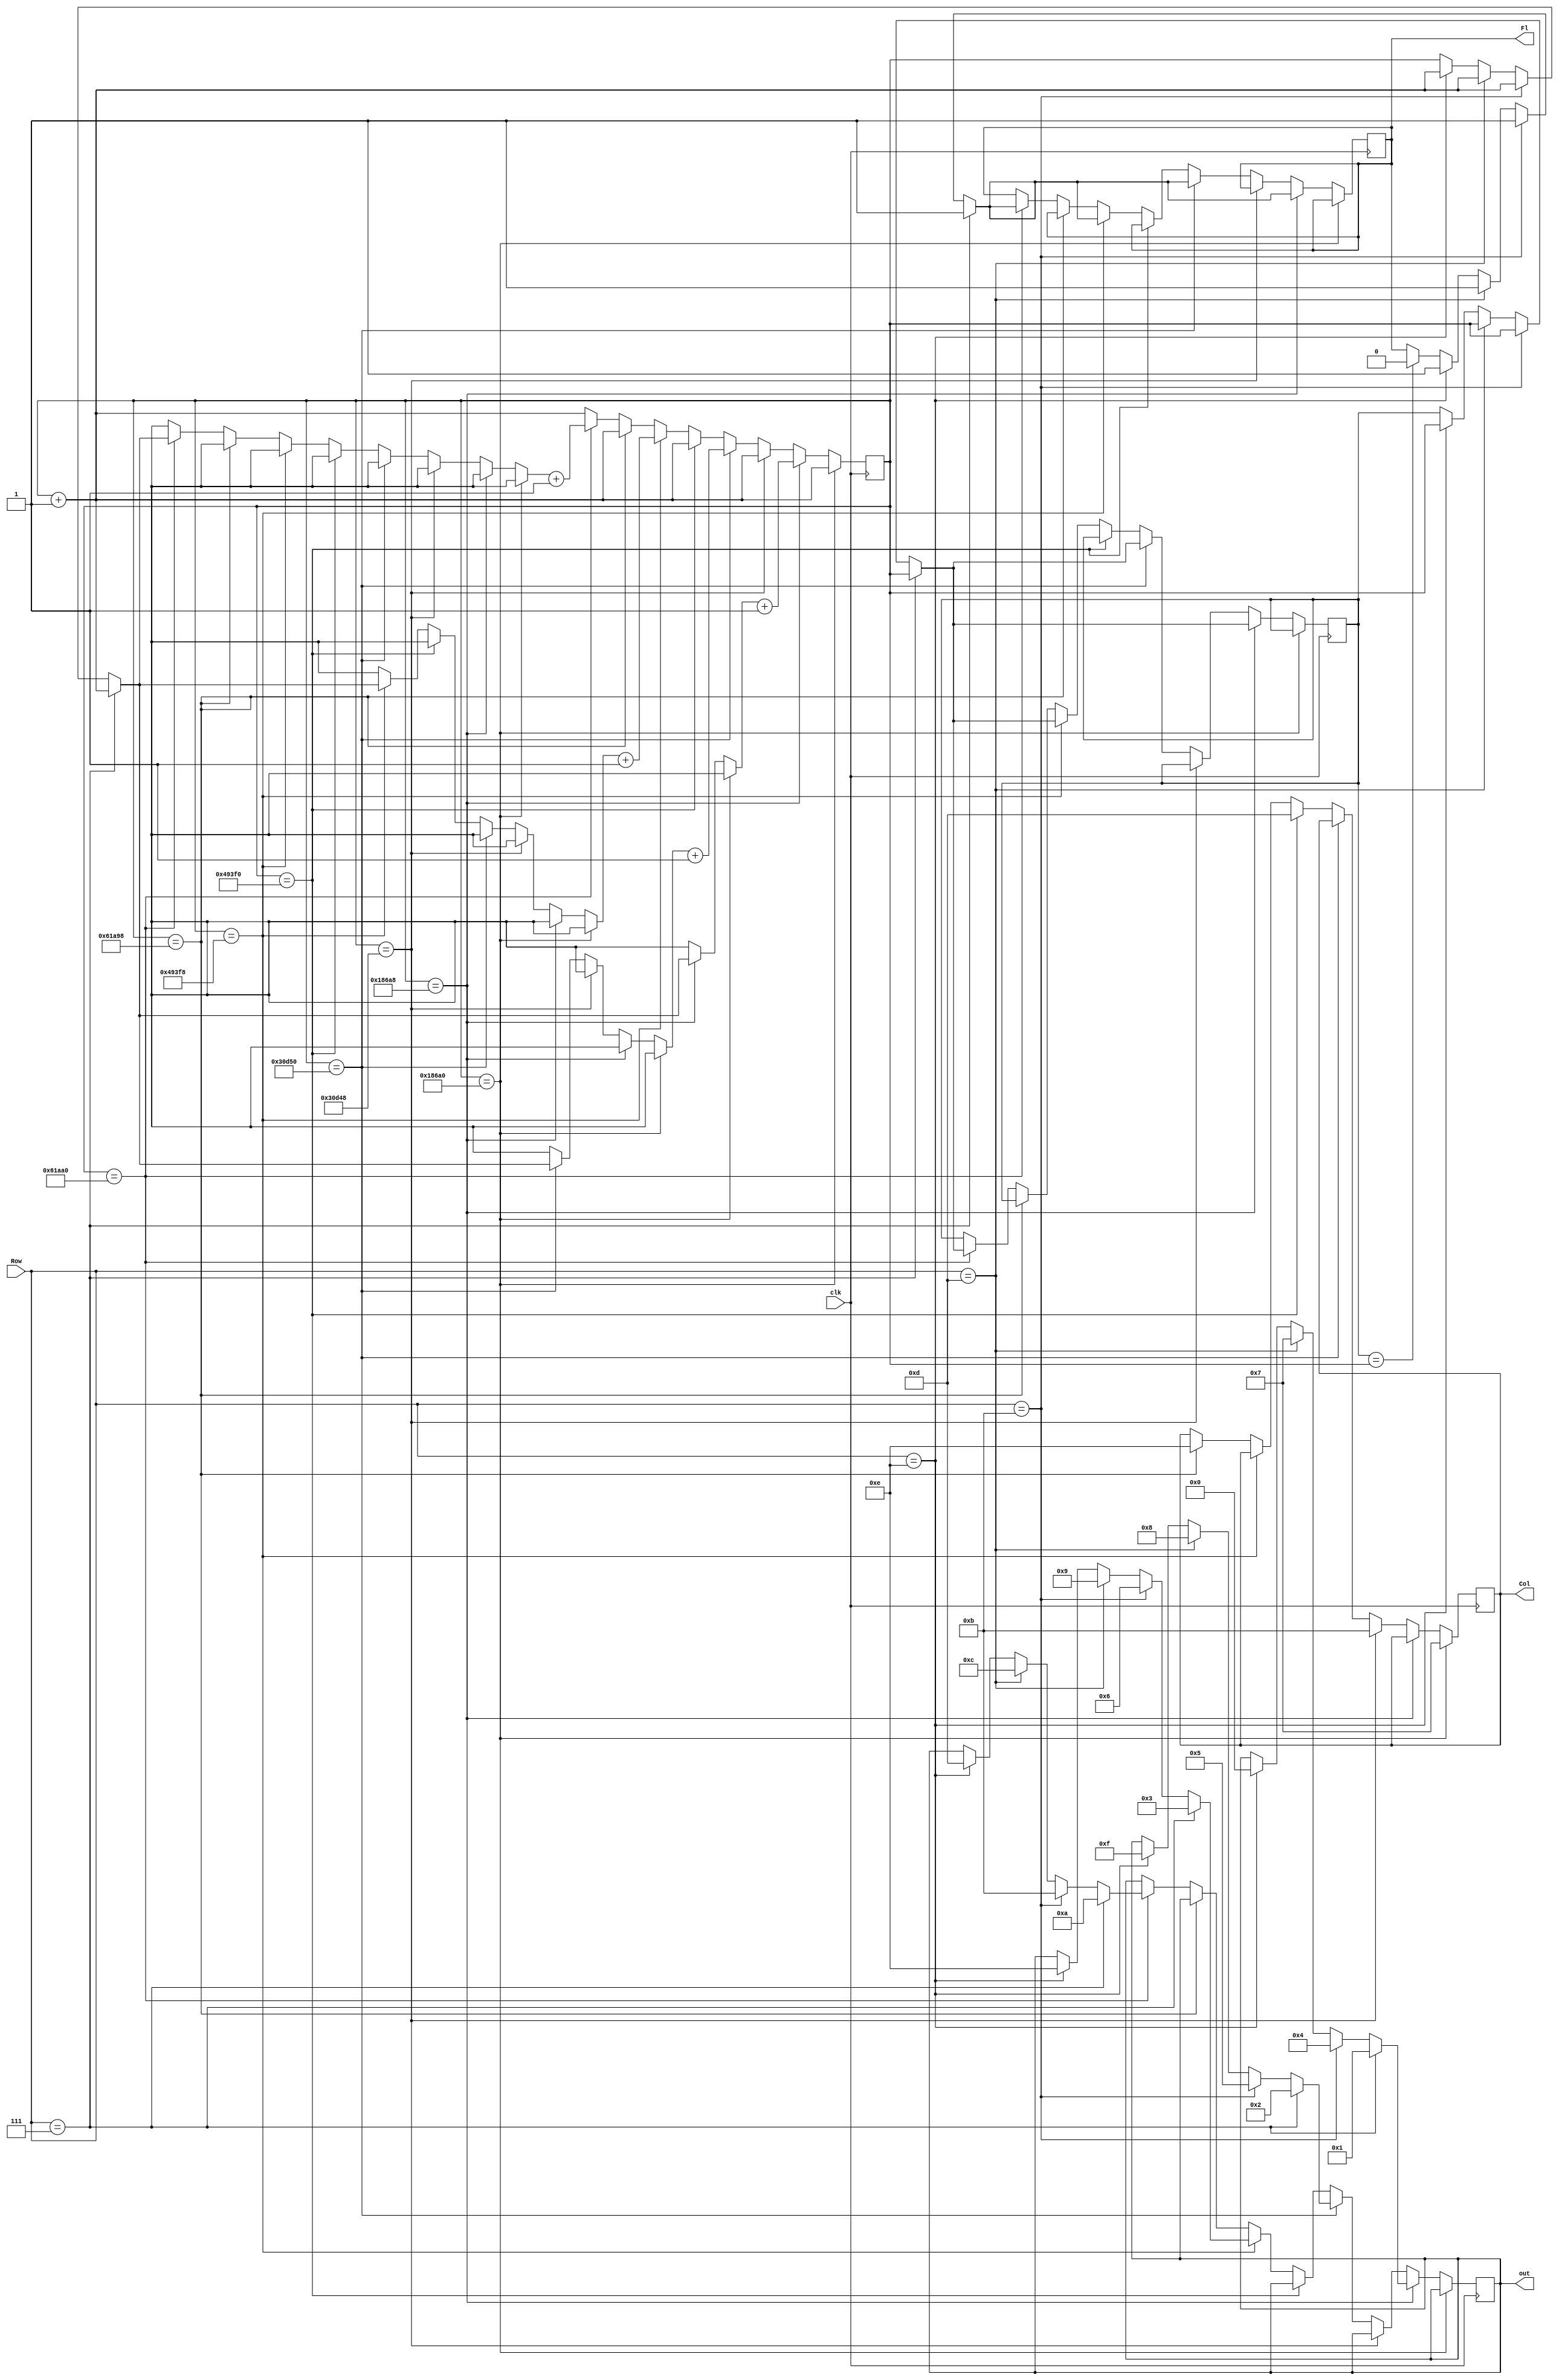
`timescale 1ns / 1ps
//////////////////////////////////////////////////////////////////////////////////
// Company: 
// Engineer: 
// 
// Design Name: 
// Module Name: Decoder
// Project Name: 
// Target Devices: 
// Tool Versions: 
// Description: 
// 
// Dependencies: 
// 
// Revision:
// Revision 0.01 - File Created
// Additional Comments:
// 
//////////////////////////////////////////////////////////////////////////////////

module Decoder(
    input clk,
    input [3:0] Row ,
    output reg[3:0] Col,
    output reg [3:0] out,
    output wire Fl
 

    );
    reg [19:0] sclk = 0;
    reg [19:0] sclk_prev  =0;
    reg F =0;
    
    always@(posedge clk) begin
        if (sclk == 20'b00011000011010100000) begin
            Col = 4'b0111;
            sclk = sclk +1'b1;
            end
        else if (sclk == 20'b00011000011010101000) begin
            if ( Row == 4'b0111) begin
                out = 4'b0001;
                F = 1'b1;
                sclk_prev = sclk ;
                sclk = sclk + 1'b1;
                end
            else if (Row ==  4'b1011)   begin
                out = 4'b0100;
                F = 1'b1;
                sclk_prev = sclk ;
                sclk = sclk + 1'b1;
                end
            else if (Row == 4'b1101)  begin
                out = 4'b0111;
                F = 1'b1;
                sclk_prev = sclk ;
                sclk = sclk + 1'b1;
                end
            else if (Row == 4'b1110)    begin
                 out = 4'b0000;
                 F = 1'b1;
                sclk_prev = sclk ;
                sclk = sclk + 1'b1;
                 end
            else if (sclk_prev==sclk) begin
                F = 1'b0;
            end
            sclk =sclk+1'b1;
            end
        else if (sclk == 20'b00110000110101001000) begin
            Col = 4'b1011;
            sclk = sclk +1'b1;
            end
        else if (sclk == 20'b00110000110101010000) begin
            if ( Row == 4'b0111) begin
                out = 4'b0010;
                F = 1'b1;
                sclk_prev = sclk ;
                sclk = sclk + 1'b1;
                end
            else if (Row ==  4'b1011)   begin
                out = 4'b0101;
                F = 1'b1;
                sclk_prev = sclk ;
                sclk = sclk + 1'b1;
                end
            else if (Row == 4'b1101)  begin
                out = 4'b1000;
                F = 1'b1;
                sclk_prev = sclk ;
                sclk = sclk + 1'b1;
                end
            else if (Row == 4'b1110)    begin
                 out = 4'b1111;
                 F = 1'b1;
                sclk_prev = sclk ;
                sclk = sclk + 1'b1;
                 end
            else if (sclk_prev==sclk) begin
                F = 1'b0;
            end
            sclk =sclk+1'b1;
            end
        else if (sclk == 20'b01001001001111110000) begin
            Col = 4'b1101;
            sclk = sclk +1'b1;
            end
        else if (sclk == 20'b01001001001111111000) begin
            if ( Row == 4'b0111) begin
                out = 4'b0011;
                F = 1'b1;
                sclk_prev = sclk ;
                sclk = sclk + 1'b1;
                end
            else if (Row ==  4'b1011)   begin
                out = 4'b0110;
                F = 1'b1;
                sclk_prev = sclk ;
                sclk = sclk + 1'b1;
                end
            else if (Row == 4'b1101)  begin
                out = 4'b1001;
                F = 1'b1;
                sclk_prev = sclk ;
                sclk = sclk + 1'b1;
                end
            else if (Row == 4'b1110)    begin
                 out = 4'b1110;
                 F = 1'b1;
                sclk_prev = sclk ;
                sclk = sclk + 1'b1;
                 end
            else if (sclk_prev==sclk) begin
                F = 1'b0;
            end
            sclk =sclk+1'b1;
            end
        else if (sclk == 20'b01100001101010011000) begin
            Col = 4'b1110;
            sclk = sclk +1'b1;
        end
        else if (sclk == 20'b01100001101010100000) begin 
            if ( Row == 4'b0111) begin
                out = 4'b1010;
                F = 1'b1;
                sclk_prev = sclk ;
                sclk = sclk + 1'b1;
                end
            else if (Row ==  4'b1011)   begin
                out = 4'b1011;
                F = 1'b1;
                sclk_prev = sclk ;
                sclk = sclk + 1'b1;
                end
            else if (Row == 4'b1101)  begin
                out = 4'b1100;
                F = 1'b1;
                sclk_prev = sclk ;
                sclk = sclk + 1'b1;
                end
            else if (Row == 4'b1110)    begin
                 out = 4'b1101;
                 F = 1'b1;
                sclk_prev = sclk ;
                sclk = sclk + 1'b1;
                 end
            else if (sclk_prev==sclk) begin
                F = 1'b0;
            end
            sclk =sclk+1'b1;
            end
         else begin 
            sclk = sclk +1'b1;
            
            end
 end
            
 assign Fl =F;
    
    
endmodule